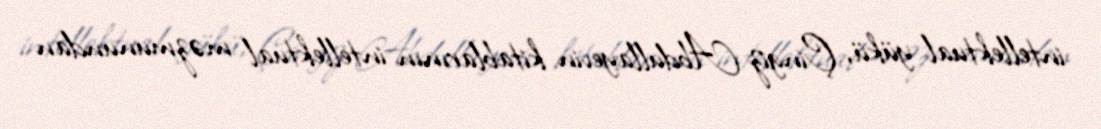
intellektual yükü, Çingiz Abdullayevin kitablarının intellektual məzmunundan